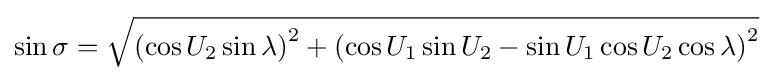
\sin \sigma ={\sqrt {\left(\cos U_{2}\sin \lambda \right)^{2}+\left(\cos U_{1}\sin U_{2}-\sin U_{1}\cos U_{2}\cos \lambda \right)^{2}}}